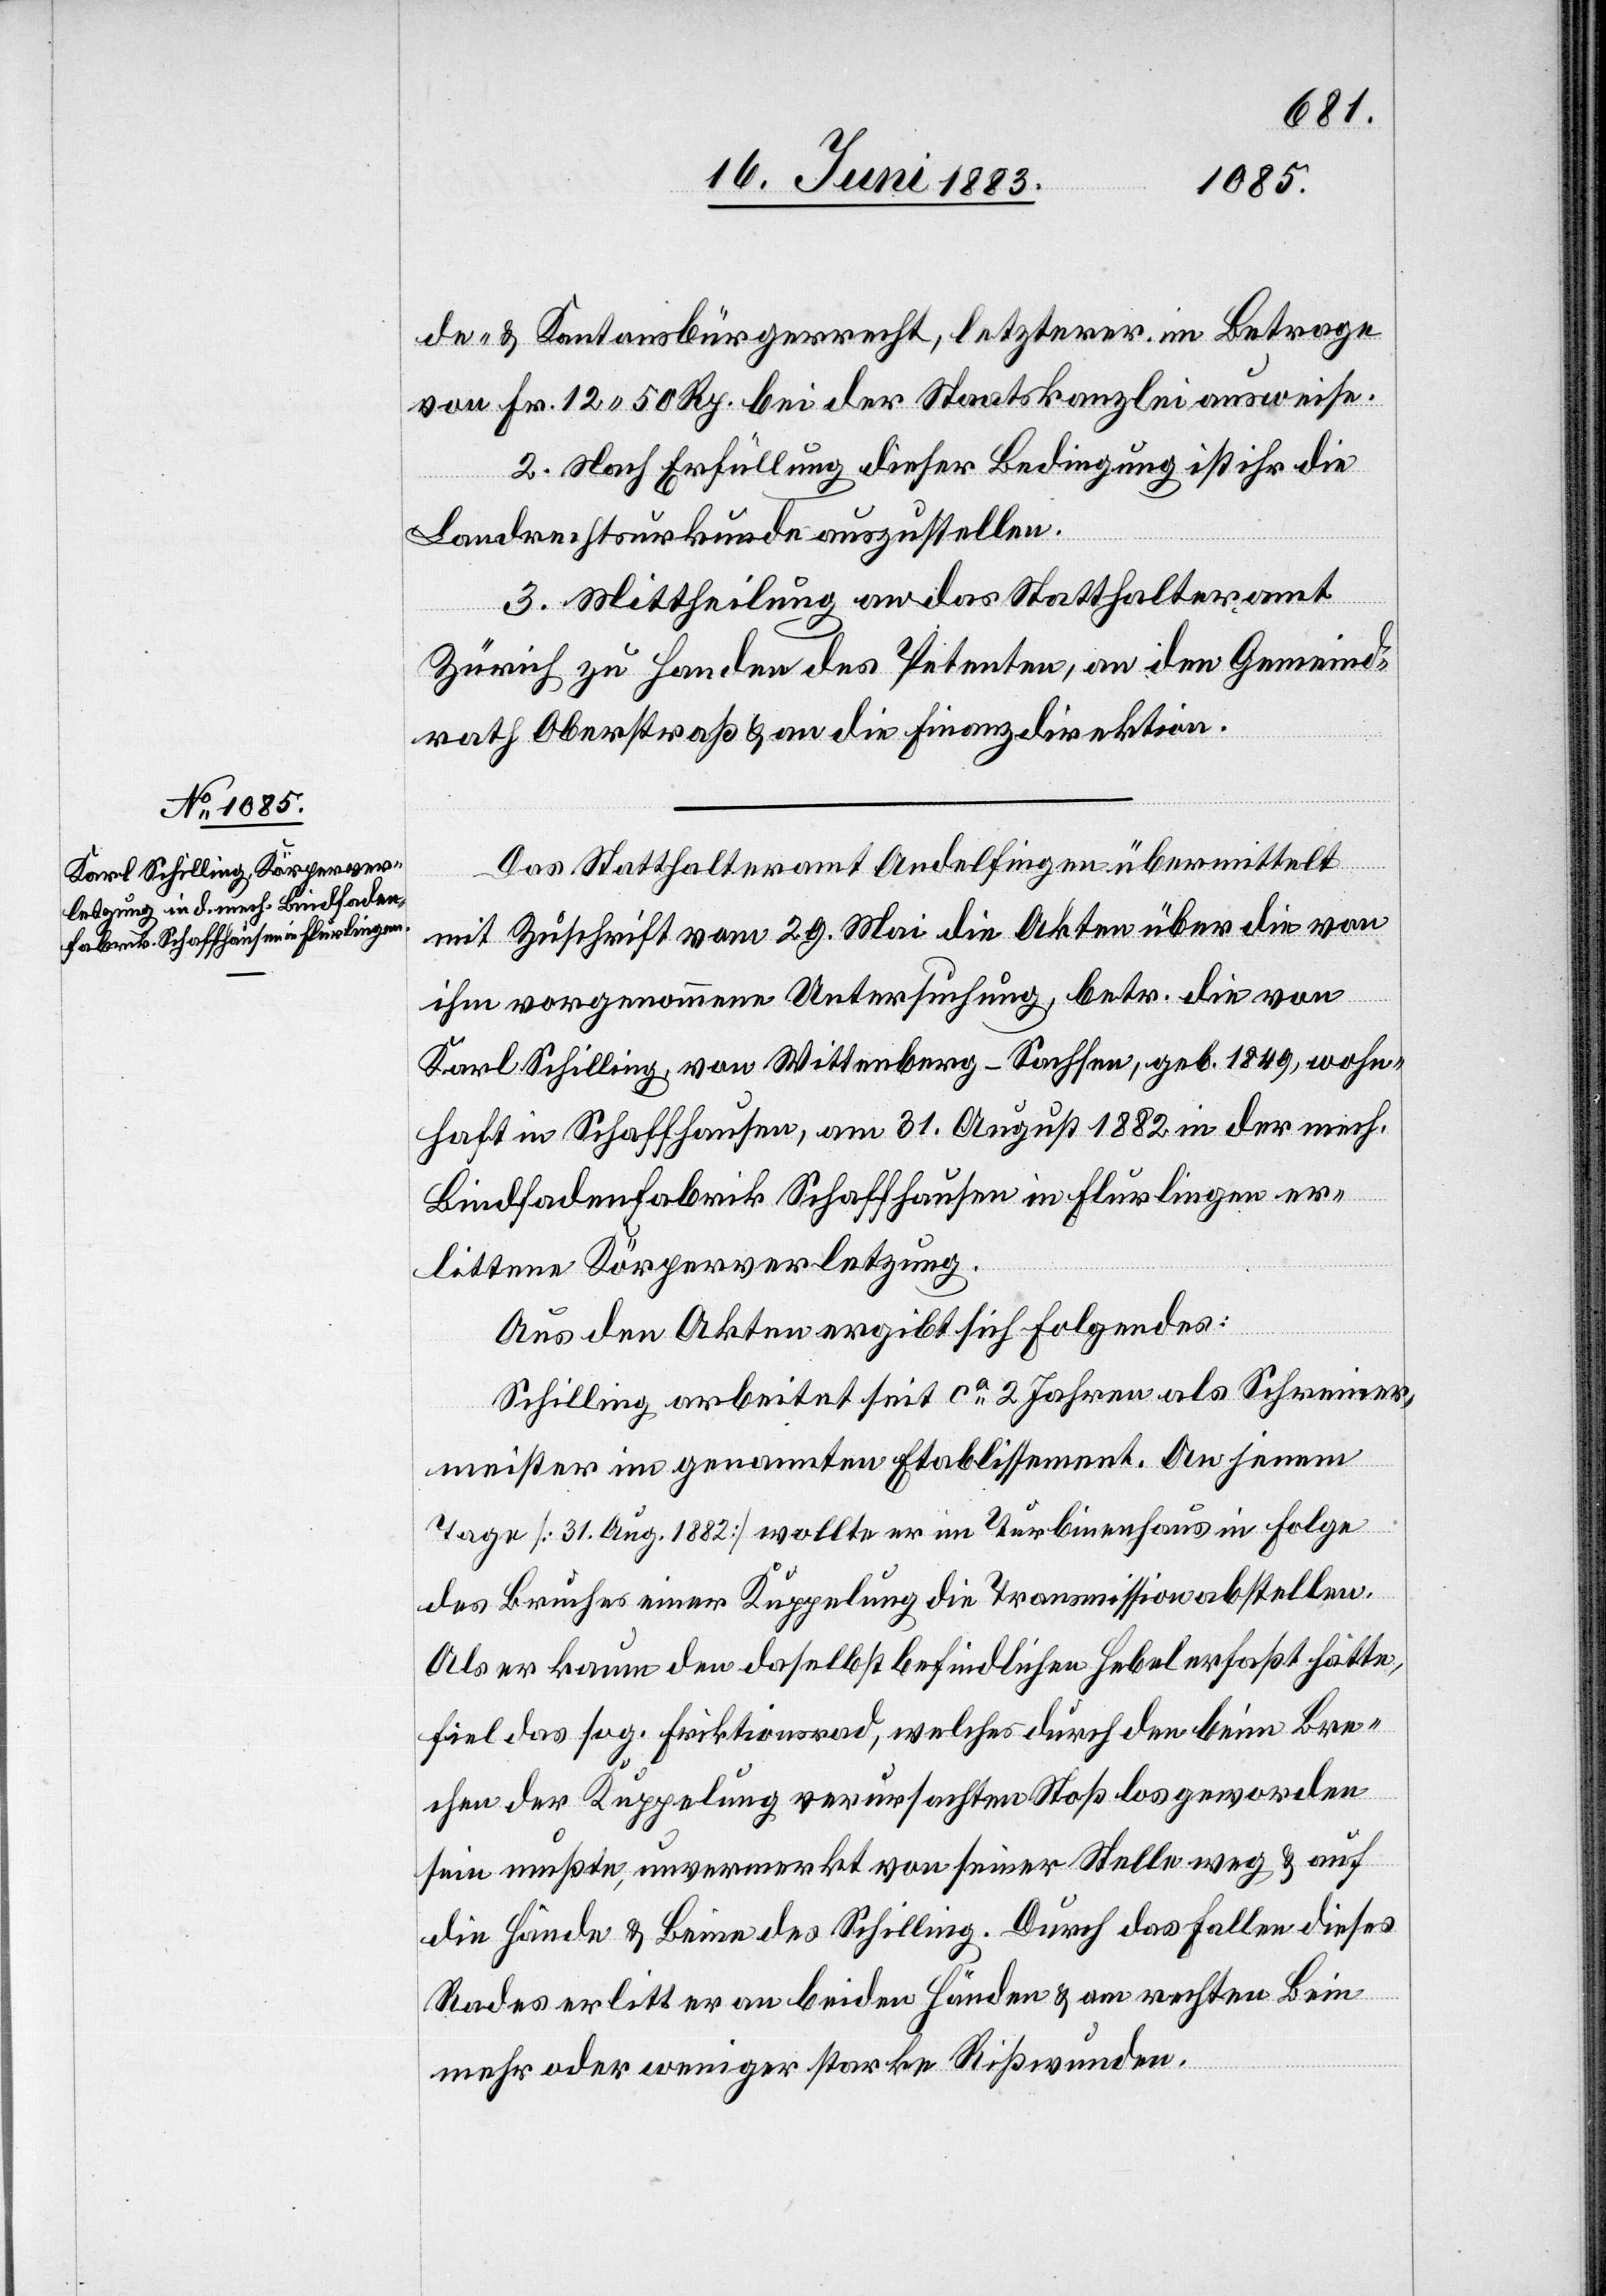
de- & Kantonsbürgerrecht, letzterer im Betrage
von Fr. 12 50 Rp, bei der Staatskanzlei ausweise.
2. Nach Erfüllung dieser Bedingung ist ihr die
Landrechtsurkunde auszustellen.
3. Mittheilung an das Statthalteramt
Zürich zu Handen des Petenten, an den Gemeind¬
rath Oberstraß & an die Finanzdirektion.